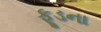
ફૂડના